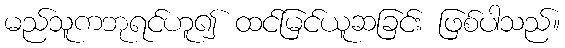
မည်သူကဘုရင်ဟူ၍ ထင်မြင်ယူဆခြင်း ဖြစ်ပါသည်။